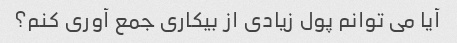
آیا می توانم پول زیادی از بیکاری جمع آوری کنم؟